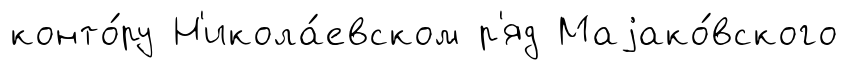
конто́ру Н'икола́евском р'яд Маjако́вского